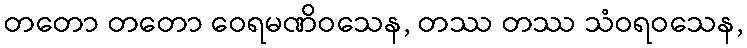
တတော တတော ဝေရမဏိဝသေန, တဿ တဿ သံဝရဝသေန,